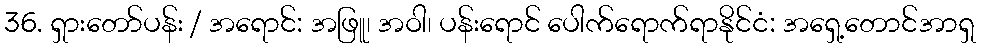
36. ရှားတော်ပန်း / အရောင်: အဖြူ၊ အဝါ၊ ပန်းရောင် ပေါက်ရောက်ရာနိုင်ငံ: အရှေ့တောင်အာရှ